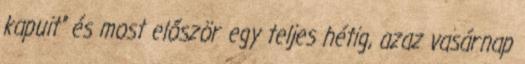
kapuit" és most először egy teljes hétig, azaz vasárnap